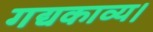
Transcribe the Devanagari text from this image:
गद्यकाव्य।